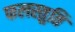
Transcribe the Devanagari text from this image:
फलस्तुति